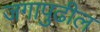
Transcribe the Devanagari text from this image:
जगापुढील